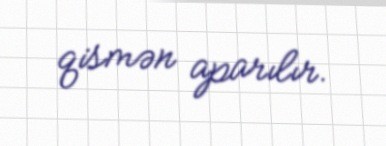
qismən aparılır.